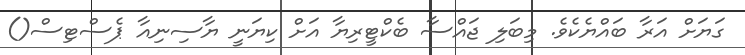
ގަޔަށް އަރާ ބައްޔެކެވެ. މިބަލި ޖައްސާ ބެކްޓީރިޔާ އަށް ކިޔަނީ ޔާސިނިއާ ޕެސްޓިސް()